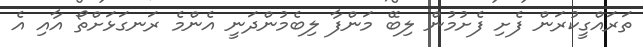
ތަރައްގީކުރަން ފެށި ފެށުމުން ލިބޭ މަންފާ ލިބެމުންދަނީ އެންމެ ރަނގަޅަށްތޯ އާއި އެ